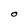
Character: O